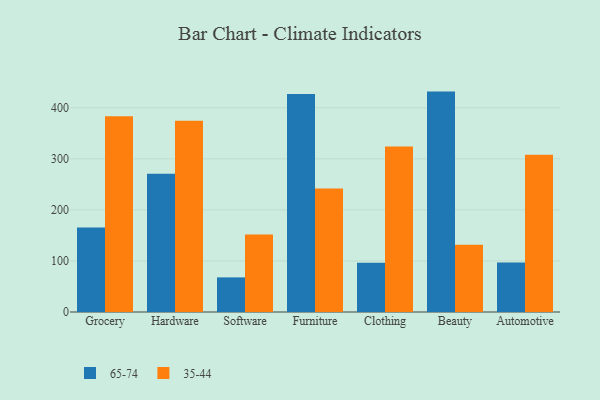
{"axis": {"x": "Category", "y": "Active Users"}, "legend": ["35-44", "65-74"], "data": [{"x": "Grocery", "y": 165.4, "type": "65-74"}, {"x": "Grocery", "y": 383.5, "type": "35-44"}, {"x": "Hardware", "y": 270.8, "type": "65-74"}, {"x": "Hardware", "y": 374.4, "type": "35-44"}, {"x": "Software", "y": 67.8, "type": "65-74"}, {"x": "Software", "y": 151.7, "type": "35-44"}, {"x": "Furniture", "y": 427.0, "type": "65-74"}, {"x": "Furniture", "y": 241.8, "type": "35-44"}, {"x": "Clothing", "y": 96.6, "type": "65-74"}, {"x": "Clothing", "y": 324.2, "type": "35-44"}, {"x": "Beauty", "y": 431.6, "type": "65-74"}, {"x": "Beauty", "y": 131.5, "type": "35-44"}, {"x": "Automotive", "y": 96.9, "type": "65-74"}, {"x": "Automotive", "y": 307.7, "type": "35-44"}]}